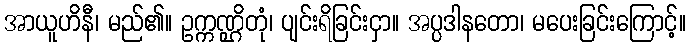
အာယူဟိနီ၊ မည်၏။ ဥက္ကဏ္ဌိတုံ၊ ပျင်းရိခြင်းငှာ။ အပ္ပဒါနတော၊ မပေးခြင်းကြောင့်။